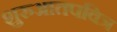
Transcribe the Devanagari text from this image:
शुरुआतपवित्र